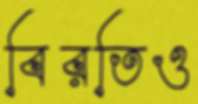
বিরতিও